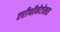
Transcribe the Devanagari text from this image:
एरीथीमेटोसस